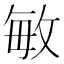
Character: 敏